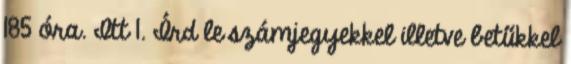
185 óra. Itt 1. Írd le számjegyekkel illetve betűkkel